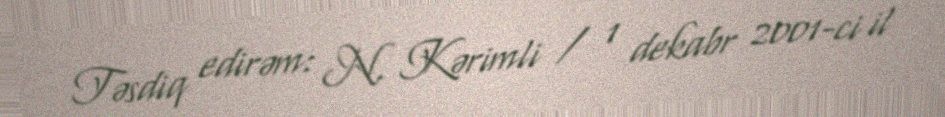
Təsdiq edirəm: N. Kərimli / 1 dekabr 2001-ci il